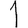
Digit: 1